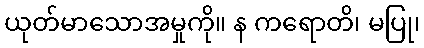
ယုတ်မာသောအမှုကို။ န ကရောတိ၊ မပြု၊